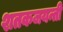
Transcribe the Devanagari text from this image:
शतकजयन्ती